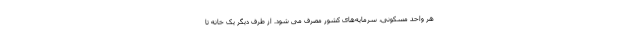
هر واحد مسکونی، سرمایه‌های کشور مصرف می شود. از طرف دیگر یک خانه تا